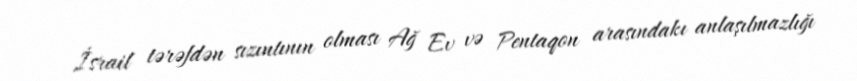
İsrail tərəfdən sızıntının olması Ağ Ev və Pentaqon arasındakı anlaşılmazlığı